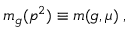
m _ { g } ( p ^ { 2 } ) \equiv m ( g , \mu ) \; ,